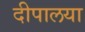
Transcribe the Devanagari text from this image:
दीपालया